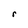
Character: r